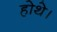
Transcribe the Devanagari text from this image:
होथे।